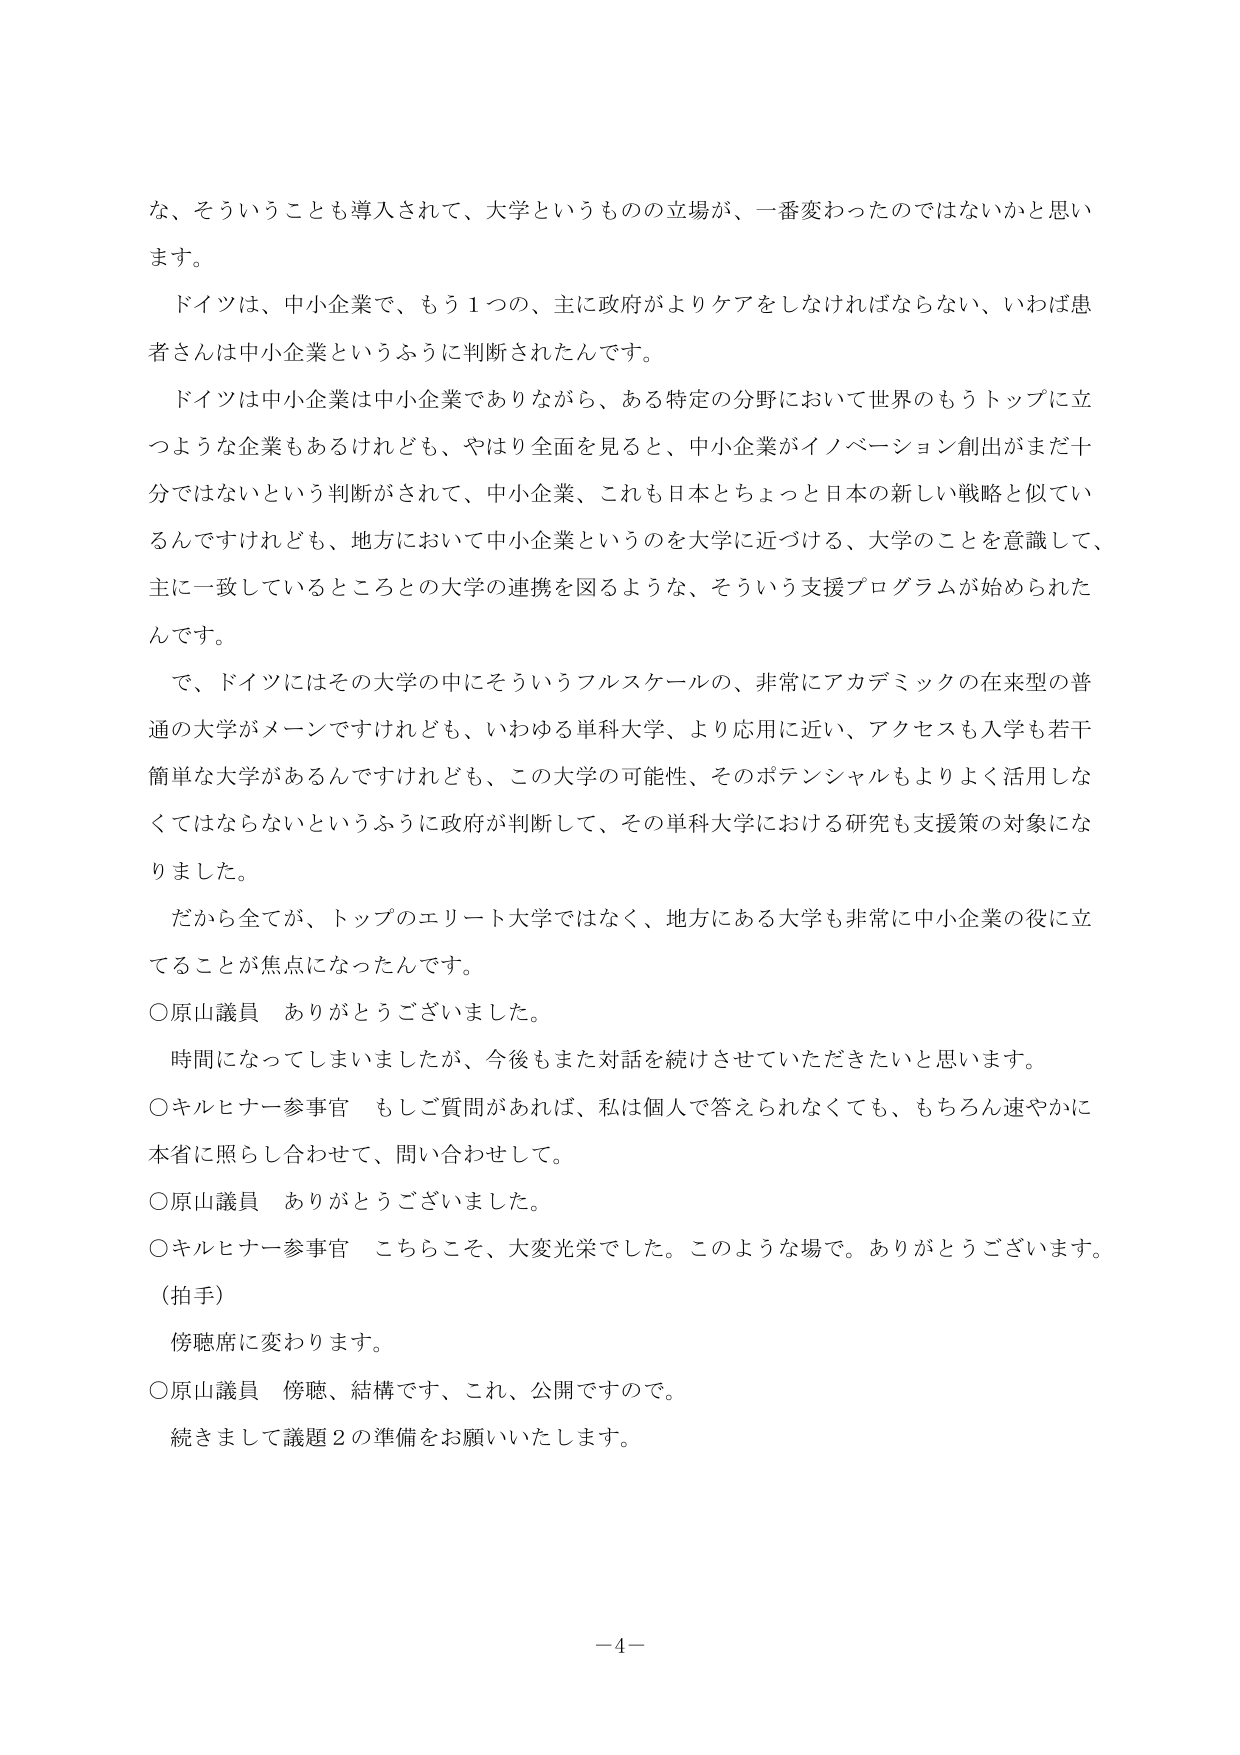
な、そういうことも導入されて、大学というものの立場が、一番変わったのではないかと思います。

ドイツは、中小企業で、もう１つの、主に政府がよりケアをしなければならない、いわば患者さんは中小企業というふうに判断されたんです。

ドイツは中小企業は中小企業でありながら、ある特定の分野において世界のもうトップに立つような企業もあるけれども、やはり全面を見ると、中小企業がイノベーション創出がまだ十分ではないという判断がされて、中小企業、これも日本とちょっと日本の新しい戦略と似ているんですけれども、地方において中小企業というのを大学に近づける、大学のことを意識して、主に一致しているところとの大学の連携を図るような、そういう支援プログラムが始められたんです。

で、ドイツにはその大学の中にそういうフルスケールの、非常にアカデミックの在来型の普通の大学がメインですけれども、いわゆる単科大学、より応用に近い、アクセスも入学も若干簡単な大学があるんですけれども、この大学の可能性、そのポテンシャルもよりよく活用しなくてはならないというふうに政府が判断して、その単科大学における研究も支援策の対象になりました。

だから全てが、トップのエリート大学ではなく、地方にある大学も非常に中小企業の役に立つことが焦点になったんです。

○原山議員　ありがとうございました。

時間になってしまいましたが、今後もまた対話を続けさせていただきたいと思います。

○キルヒナー参事官　もしご質問があれば、私は個人で答えられなくても、もちろん速やかに本省に照らし合わせて、問い合わせして。

○原山議員　ありがとうございました。

○キルヒナー参事官　こちらこそ、大変光栄でした。このような場で。ありがとうございます。

（拍手）

傍聴席に変わります。

○原山議員　傍聴、結構です、これ、公開ですので。

続きまして議題２の準備をお願いいたします。

－4－